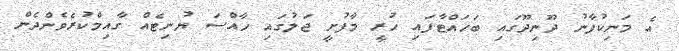
އެ މަނިކުފާނު ދޫނިދޫގައި ބަހައްޓާފައި ހުރީ މާފުށީ ޖަލުގައި ހާއްސަ ޔުނިޓެއް ގާއިމްކުރެވެންދެން